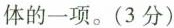
体的一项。(3分)